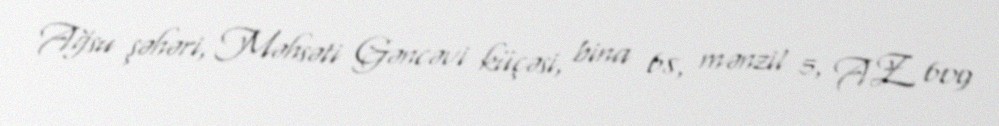
Ağsu şəhəri, Məhsəti Gəncəvi küçəsi, bina 68, mənzil 5, AZ 609